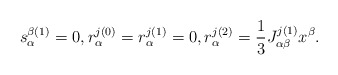
\begin{align*}s^{\beta(1)}_\alpha = 0, r^{j(0)}_\alpha = r^{j(1)}_\alpha=0, r^{j(2)}_\alpha = \frac{1}{3} J_{\alpha\beta}^{j(1)} x^\beta.\end{align*}